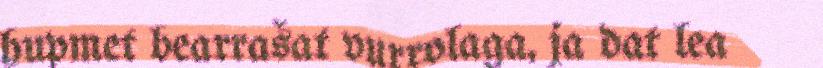
hupmet bearrašat vurrolaga, ja dat lea